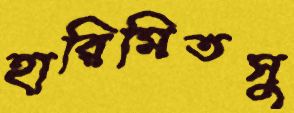
হারিমিতসু